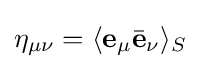
\eta _{\mu \nu }=\langle \mathbf {e} _{\mu }{\bar {\mathbf {e} }}_{\nu }\rangle _{S}